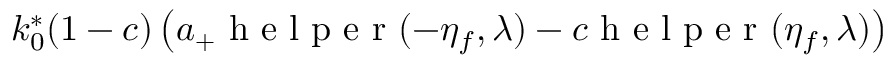
\begin{array} { r } { k _ { 0 } ^ { * } ( 1 - c ) \left( a _ { + } \mathrm { ~ h ~ e ~ l ~ p ~ e ~ r ~ } ( - \eta _ { f } , \lambda ) - c \mathrm { ~ h ~ e ~ l ~ p ~ e ~ r ~ } ( \eta _ { f } , \lambda ) \right) } \end{array}